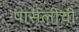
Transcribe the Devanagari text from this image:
पार्सलीची